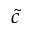
\tilde { c }